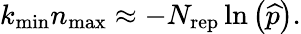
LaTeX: k_{\mathrm{min}}n_{\mathrm{max}}\approx-N_{\mathrm{rep}}\ln\left(\widehat{p}\right).